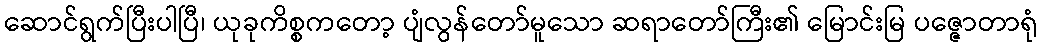
ဆောင်ရွက်ပြီးပါပြီ၊ ယုခုကိစ္စကတော့ ပျံလွန်တော်မူသော ဆရာတော်ကြီး၏ မြောင်းမြ ပဇ္ဇောတာရုံ